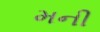
મની